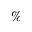
\%